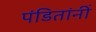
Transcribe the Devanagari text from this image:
पंडितांनीं